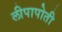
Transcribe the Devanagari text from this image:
लीपापोती